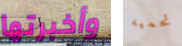
وأخبرتها تحميه